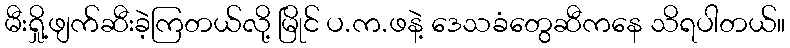
မီးရှို့ဖျက်ဆီးခဲ့ကြတယ်လို့ မြိုင် ပ.က.ဖနဲ့ ဒေသခံတွေဆီကနေ သိရပါတယ်။